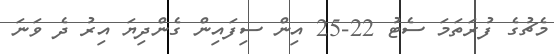
މެޗުގެ ފުރަތަމަ ސެޓު 22-25 އިން ސިފައިން ގެންދިޔަ އިރު ދެ ވަނަ